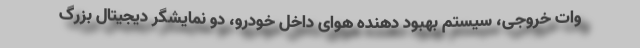
وات خروجی، سیستم بهبود دهنده هوای داخل خودرو، دو نمایشگر دیجیتال بزرگ